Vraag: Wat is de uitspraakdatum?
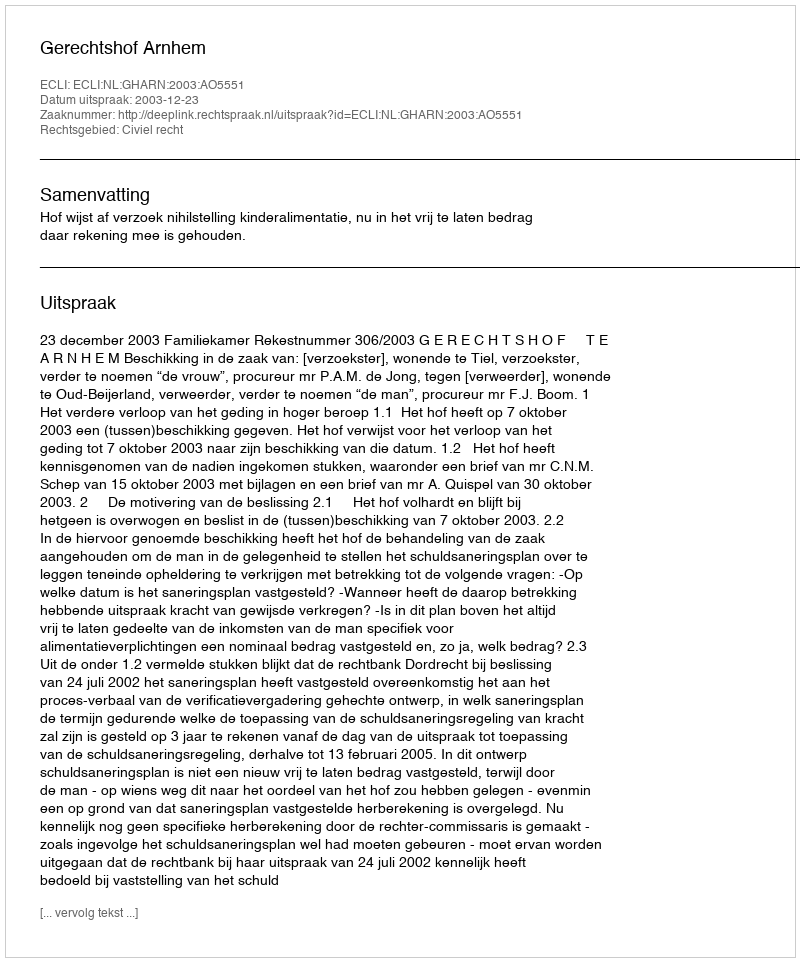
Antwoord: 2003-12-23